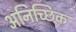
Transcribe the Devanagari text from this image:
अनिच्छिक